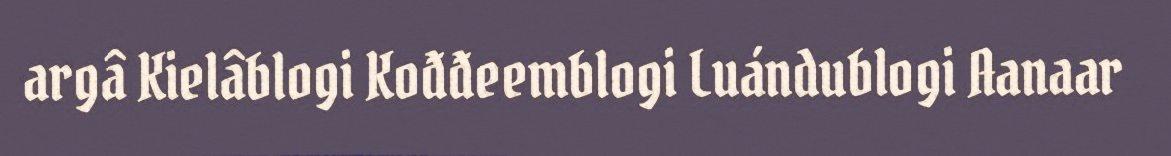
argâ Kielâblogi Kođđeemblogi Luándublogi Aanaar